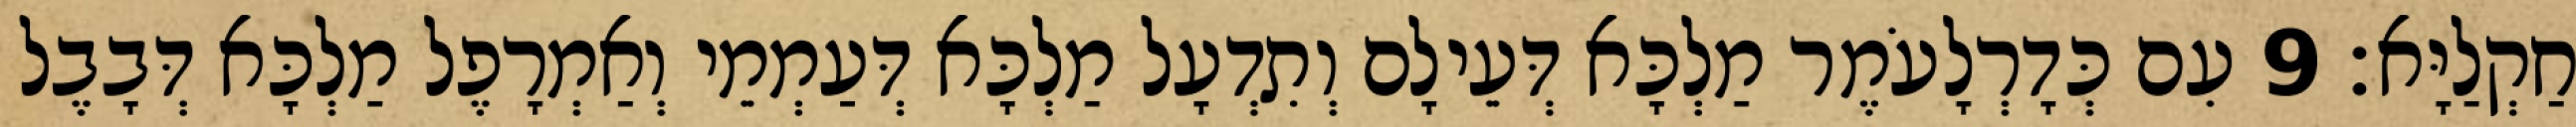
חַקְלַיָּא׃ 9 עִם כְּדָרְלָעֹמֶר מַלְכָּא דְּעֵילָם וְתִדְעָל מַלְכָּא דְּעַמְמֵי וְאַמְרָפֶל מַלְכָּא דְּבָבֶל